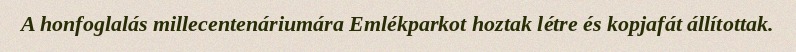
A honfoglalás millecentenáriumára Emlékparkot hoztak létre és kopjafát állítottak.